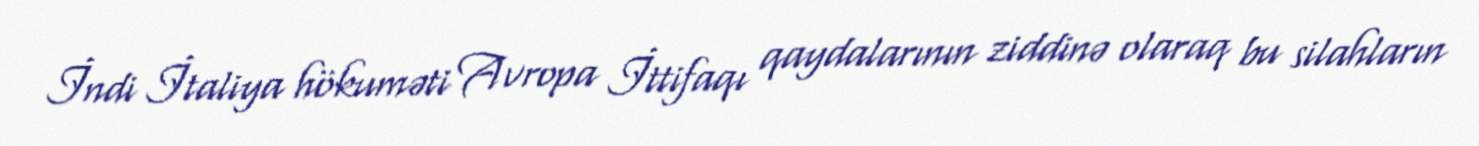
İndi İtaliya hökuməti Avropa İttifaqı qaydalarının ziddinə olaraq bu silahların